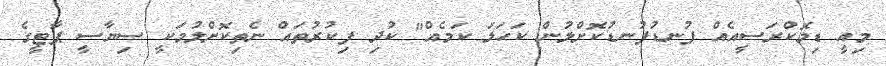
މިއީ ޑިމޮކްރަސީއެއް ފުނޑުފުނޑުކޮށްލުން ކަހަލަ ކަމެއް" ކުދި ފިކުރުތައް ނެތިކޮށްލުމަކީ ސިޔާސީ ޕާޓީގެ